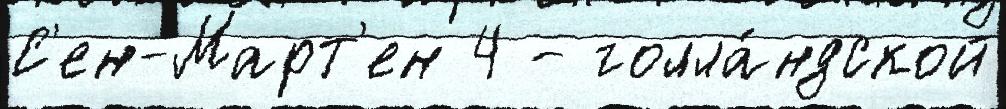
С'ен-Март'ен 4 - голла́ндской